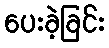
ပေးခဲ့ခြင်း